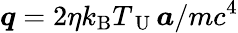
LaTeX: {\mathbfit{q}}=2\eta k_{\mathrm{B}}T_{\mathrm{~U~}}\mathbfit{a}/mc^{4}